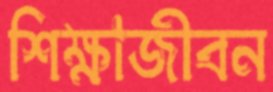
শিক্ষাজীবন